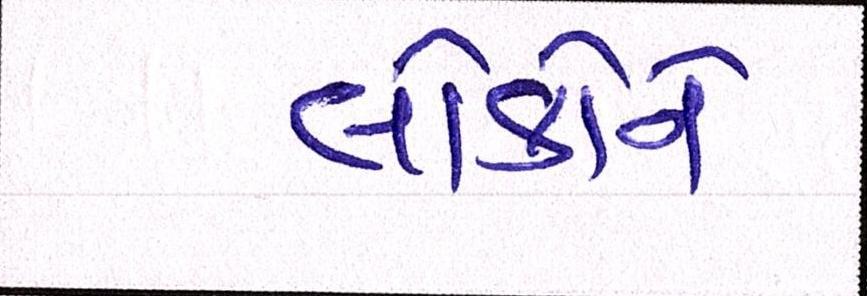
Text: લોકોને